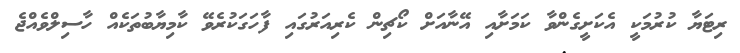
ރިޓަޔާ ކުރުމަކީ އެކަށީގެންވާ ކަމަށާއި އޭނާއަށް ކޯޗިން ކެރިއަރުގައި ފާހަގަކުރެވޭ ކާމިޔާބުތަކެއް ހާސިލްވެއްޖެ